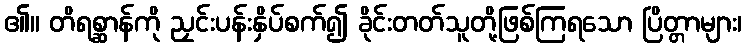
၏။ တိရစ္ဆာန်ကို ညှင်းပန်းနှိပ်စက်၍ ခိုင်းတတ်သူတို့ဖြစ်ကြရသော ပြိတ္တာများ၊